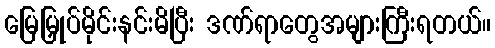
မြေမြှုပ်မိုင်းနင်းမိပြီး ဒဏ်ရာတွေအများကြီးရတယ်။